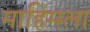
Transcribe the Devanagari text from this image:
माहिमला